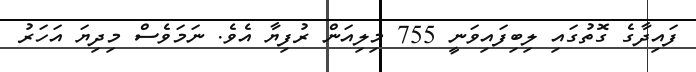
ފައިދާގެ ގޮތުގައި ލިބިފައިވަނީ 755 މިލިއަން ރުފިޔާ އެވެ. ނަމަވެސް މިދިޔަ އަހަރު